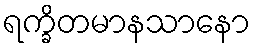
ရက္ခိတမာနသာနော